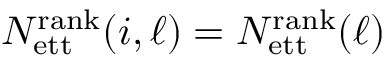
N _ { \mathrm { e t t } } ^ { \mathrm { r a n k } } ( i , \ell ) = N _ { \mathrm { e t t } } ^ { \mathrm { r a n k } } ( \ell )